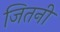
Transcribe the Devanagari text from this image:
जितनी